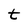
Character: t